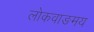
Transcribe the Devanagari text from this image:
लोकवाङमय